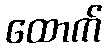
ထောက်